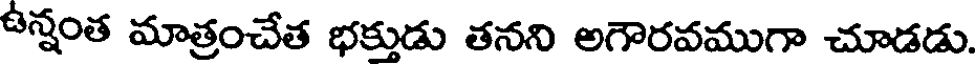
ఉన్నంత మాత్రంచేత భక్తుడు తనని అగౌరవముగా చూడడు.